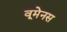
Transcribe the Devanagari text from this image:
वूमेनस